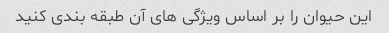
این حیوان را بر اساس ویژگی های آن طبقه بندی کنید